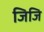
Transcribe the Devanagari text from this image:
जिजि